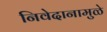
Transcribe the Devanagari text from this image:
निवेदानामुळे